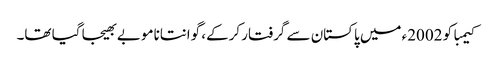
کیمبا کو 2002ء میں پاکستان سے گرفتار کرکے، گوانتانامو بے بھیجا گیا تھا۔